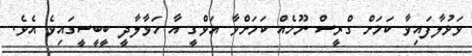
ވަޅުލާފައިވާ ކަމަށް ގްރީސް ނޫހެއް ކަމަށްވާ އަވްގީ އާ ހަވާލާދީ ބީބީސީގައިވެ އެވެ.